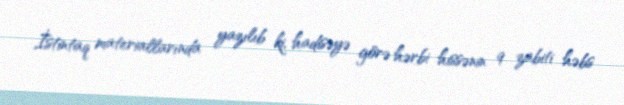
İstintaq materiallarında yazılıb ki, hadisəyə görə hərbi hissənin 9 zabiti həbs